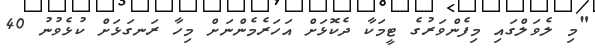
"މި ލެވަލްގައި މިފެންވަރުގެ ޓީމަކާ ދެކޮޅަށް އަހަރެމެންނަށް މިހާ ރަނގަޅަށް ކުޅެވުނު 40